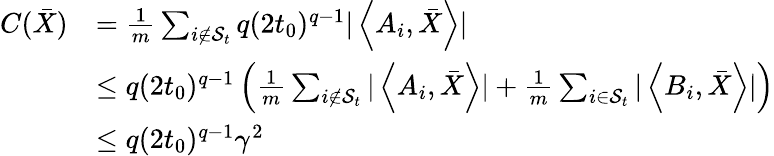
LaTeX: \begin{array}{rl}{C(\bar{X})}&{=\frac{1}{m}\sum_{i\not\in\mathcal{S}_{t}}q(2t_{0})^{q-1}|\left\langle A_{i},\bar{X}\right\rangle|}\\ &{\leq q(2t_{0})^{q-1}\left(\frac{1}{m}\sum_{i\not\in\mathcal{S}_{t}}|\left\langle A_{i},\bar{X}\right\rangle|+\frac{1}{m}\sum_{i\in\mathcal{S}_{t}}|\left\langle B_{i},\bar{X}\right\rangle|\right)}\\ &{\leq q(2t_{0})^{q-1}\gamma^{2}}\end{array}